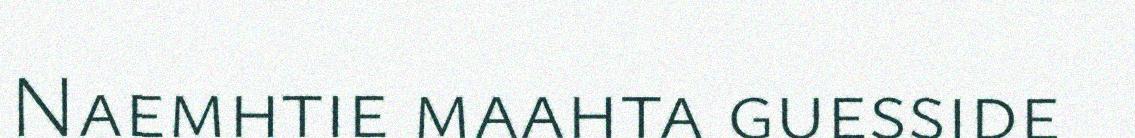
Naemhtie maahta guesside